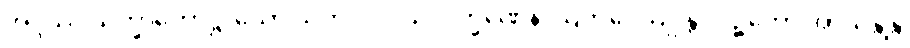
အဒ္ဒဿ သိက္ခာကောဋ္ဌာသော သတိဝိပ္ပဝါသလက္ခဏေန ဩကပ္ပေယျုန္တိ လဉ္ဇကော အာယန္တိန္တိ